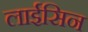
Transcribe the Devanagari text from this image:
लाईसिन